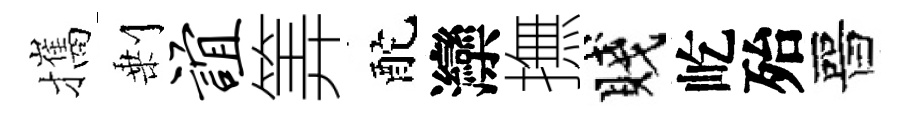
攜剰谊筭酡灤撫賤屹殆晉